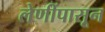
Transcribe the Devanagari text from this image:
लेणींपासून